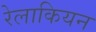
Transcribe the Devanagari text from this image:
रेलाकियन